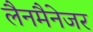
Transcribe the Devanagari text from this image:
लैनमैनेजर